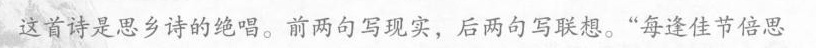
这首诗是思乡诗的绝唱。前两句写现实，后两句写联想。”每逢佳节倍思